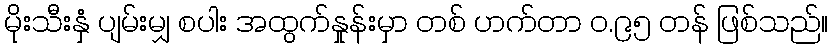
မိုးသီးနှံ ပျမ်းမျှ စပါး အထွက်နှုန်းမှာ တစ် ဟက်တာ ဝ.၉၅ တန် ဖြစ်သည်။